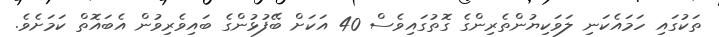
ތަކުގައި ހަމައެކަނި ލަވަކިޔުންތެރިންގެ ގޮތުގައިވެސް 40 އަކަށް ބޭފުޅުންގެ ބައިވެރިވުން އެބައޮތް ކަމަށެވެ.